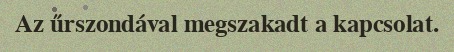
Az űrszondával megszakadt a kapcsolat.